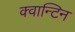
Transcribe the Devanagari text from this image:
क्वान्टिन